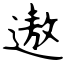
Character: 遨